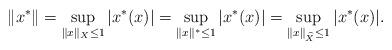
LaTeX: \begin{align*}\|x^*\| = \sup_{\|x\|_X\leq 1}|x^*(x)|=\sup_{\|x\|^*\leq 1}|x^*(x)|= \sup_{\|x\|_{\widehat{X}}\leq 1}|x^*(x)|.\end{align*}